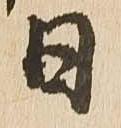
日